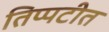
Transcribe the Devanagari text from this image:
तिप्पटीत